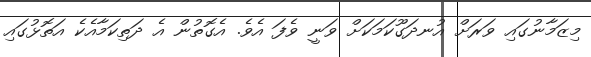
މިޒަމާނުގައި ވަރަށް އުނދަގޫކަމަކަށް ވަނީ ވެފަ އެވެ. އެގޮތުން އެ ދަތިކަމާއެކެ އަތޮޅުގައި